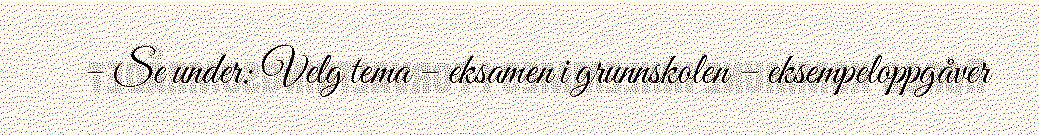
– Se under: Velg tema – eksamen i grunnskolen – eksempeloppgåver